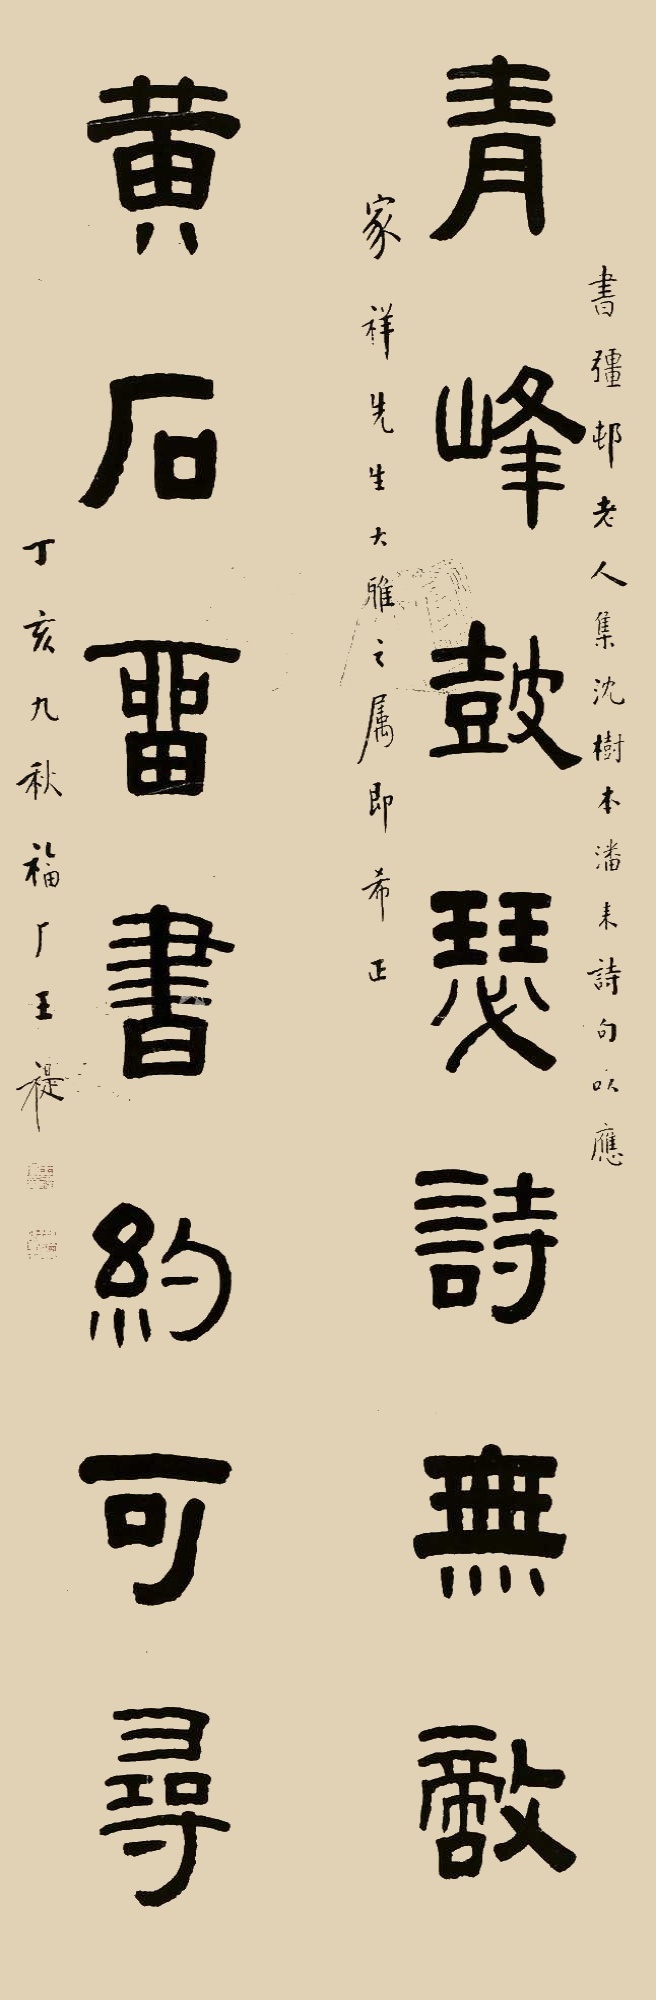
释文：青峰鼓瑟诗无敌，黄石留书约可寻。书强邨老人集沈树本潘耒诗句，以应家祥先生大雅之属即希正。丁亥九秋福厂王禔。